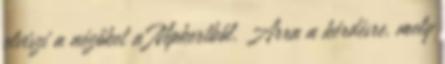
elviszi a nézőket a Népkertből. Arra a kérdésre, mely